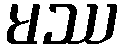
မဿ